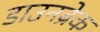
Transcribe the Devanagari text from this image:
डाउनब्रेक